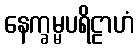
နေက္ခမ္မပရိဠာဟံ